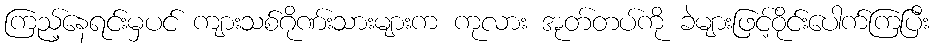
ကြည့်နေရင်းမှပင် ကျားသစ်ဂိုဏ်းသားများက ကုလား အုတ်တပ်ကို ခဲများဖြင့်ဝိုင်းပေါက်ကြပြီး